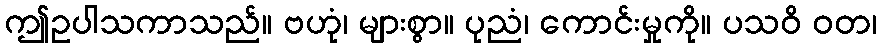
ဤဥပါသကာသည်။ ဗဟုံ၊ များစွာ။ ပုညံ၊ ကောင်းမှုကို။ ပသဝိ ဝတ၊